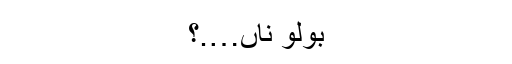
بولو ناں….؟